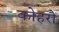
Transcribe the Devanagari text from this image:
कोहरों